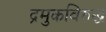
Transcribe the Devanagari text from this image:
द्रमुकविरुद्ध